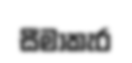
සීමාකැර